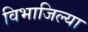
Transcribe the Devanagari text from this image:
विभाजिल्या